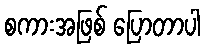
စကားအဖြစ် ပြောတာပါ